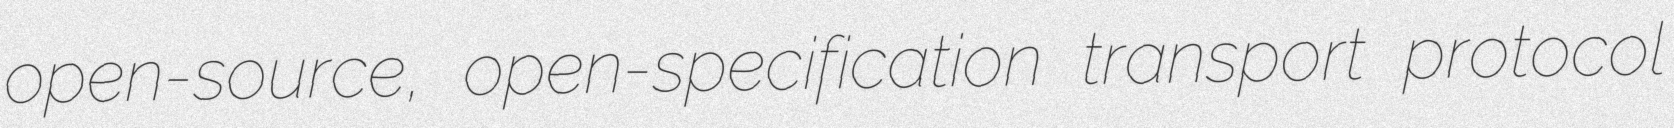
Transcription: open-source, open-specification transport protocol